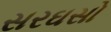
સરઘસો